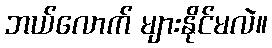
ဘယ်လောက် များနိုင်မလဲ။